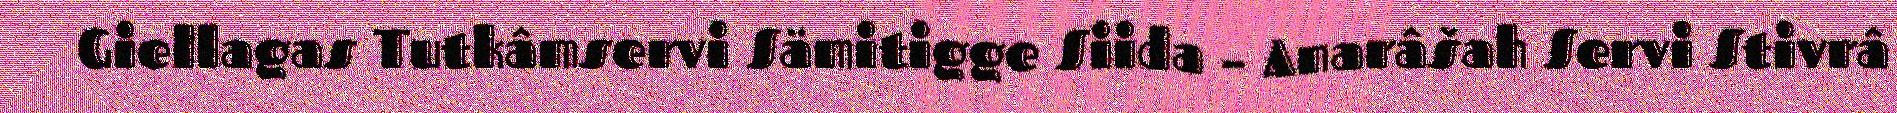
Giellagas Tutkâmservi Sämitigge Siida – Anarâšah Servi Stivrâ